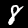
Digit: 8